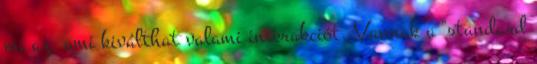
mi az, ami kiválthat valami interakciót. Vannak a "standard